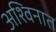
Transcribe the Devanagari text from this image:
अश्विनात